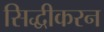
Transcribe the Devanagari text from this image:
सिद्धीकरन